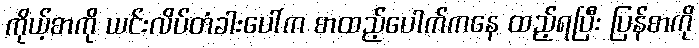
ကိုယ့်စာကို ယင်းလိပ်တံခါးပေါ်က စာထည့်ပေါက်ကနေ ထည့်ရပြီး ပြန်စာကို